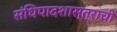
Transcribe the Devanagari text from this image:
संधिपादशास्त्राची